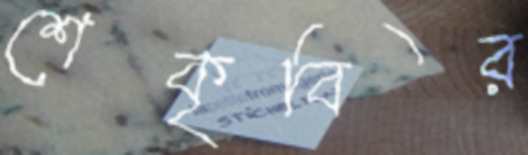
শেকৃবির